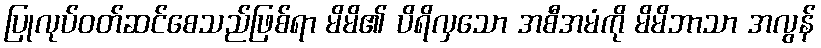
ပြုလုပ်ဝတ်ဆင်စေသည်ဖြစ်ရာ မိမိ၏ ပိရိလှသော အစီအမံကို မိမိဘာသာ အလွန်